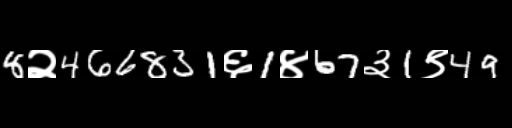
Text: 8२466831६1४67३1९49